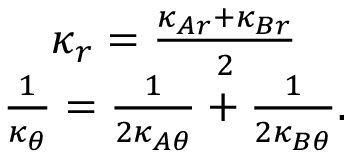
\begin{array} { c } { \kappa _ { r } = \frac { \kappa _ { A r } + \kappa _ { B r } } { 2 } } \\ { \frac { 1 } { \kappa _ { \theta } } = \frac { 1 } { 2 \kappa _ { A \theta } } + \frac { 1 } { 2 \kappa _ { B \theta } } . } \end{array}